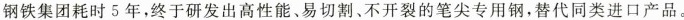
钢铁集团耗时5年，终于研发出高性能、易切割、不开裂的笔尖专用钢，替代同类进口产品。